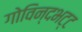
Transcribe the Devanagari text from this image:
गोविन्दभट्ट